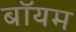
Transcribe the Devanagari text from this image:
बॉयम